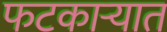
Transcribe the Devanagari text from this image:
फटकाऱ्यात